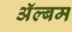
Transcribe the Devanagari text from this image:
अॅल्बम